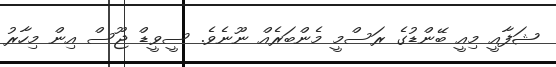
ޝަފާއީ މިއީ ބޭންޑުގެ ރަސްމީ މެންބަރެއް ނޫނެވެ. ސީވީޑް ޖޫސް އިން މިހާރު